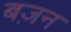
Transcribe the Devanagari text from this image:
बज़न